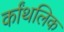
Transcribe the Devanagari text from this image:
र्कांथलिक